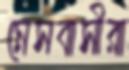
মেসবাসীরা